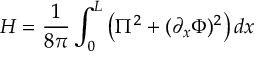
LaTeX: H = \frac { 1 } { 8 \pi } \int _ { 0 } ^ { L } \left( \Pi ^ { 2 } + ( \partial _ { x } \Phi ) ^ { 2 } \right) d x